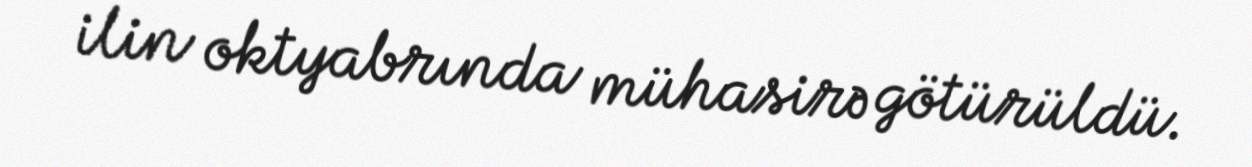
ilin oktyabrında mühasirə götürüldü.